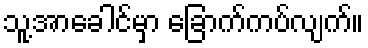
သူ့အာခေါင်မှာ ခြောက်ကပ်လျက်။